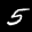
Label: 5